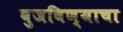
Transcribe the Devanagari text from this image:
बुजविण्याचा